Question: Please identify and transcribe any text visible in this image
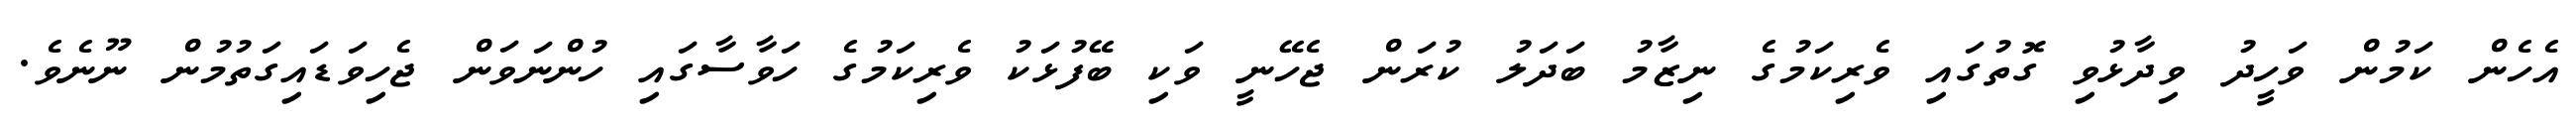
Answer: އެހެން ކަމުން ވަހީދު ވިދާޅުވި ގޮތުގައި ވެރިކަމުގެ ނިޒާމު ބަދަލު ކުރަން ޖެހޭނީ ވަކި ބޭފުޅަކު ވެރިކަމުގެ ހަވާސާގައި ހުންނަވަން ޖެހިވަޑައިގަތުމުން ނޫނެވެ.